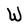
Character: W